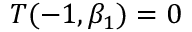
T ( - 1 , \beta _ { 1 } ) = 0